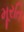
મૂરતિ